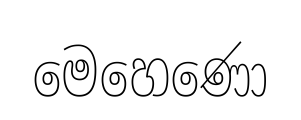
මෙහෙණො